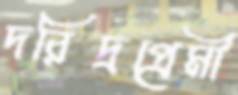
দরিদ্রপ্রেমী